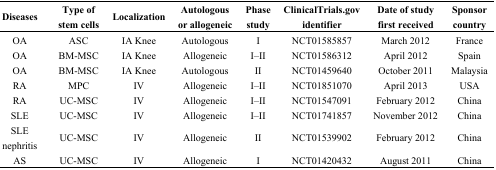
<table><thead><tr><td><b>Diseases</b></td><td><b>Type of stem cells</b></td><td><b>Localization</b></td><td><b>Autologous or allogeneic</b></td><td><b>Phase study</b></td><td><b>ClinicalTrials.gov identifier</b></td><td><b>Date of study first received</b></td><td><b>Sponsor country</b></td></tr></thead><tbody><tr><td>OA</td><td>ASC</td><td>IA Knee</td><td>Autologous</td><td>I</td><td>NCT01585857</td><td>March 2012</td><td>France</td></tr><tr><td>OA</td><td>BM-MSC</td><td>IA Knee</td><td>Allogeneic</td><td>I–II</td><td>NCT01586312</td><td>April 2012</td><td>Spain</td></tr><tr><td>OA</td><td>BM-MSC</td><td>IA Knee</td><td>Autologous</td><td>II</td><td>NCT01459640</td><td>October 2011</td><td>Malaysia</td></tr><tr><td>RA</td><td>MPC</td><td>IV</td><td>Allogeneic</td><td>I–II</td><td>NCT01851070</td><td>April 2013</td><td>USA</td></tr><tr><td>RA</td><td>UC-MSC</td><td>IV</td><td>Allogeneic</td><td>I–II</td><td>NCT01547091</td><td>February 2012</td><td>China</td></tr><tr><td>SLE</td><td>UC-MSC</td><td>IV</td><td>Allogeneic</td><td>I–II</td><td>NCT01741857</td><td>November 2012</td><td>China</td></tr><tr><td>SLE nephritis</td><td>UC-MSC</td><td>IV</td><td>Allogeneic</td><td>II</td><td>NCT01539902</td><td>February 2012</td><td>China</td></tr><tr><td>AS</td><td>UC-MSC</td><td>IV</td><td>Allogeneic</td><td>I</td><td>NCT01420432</td><td>August 2011</td><td>China</td></tr></tbody></table>